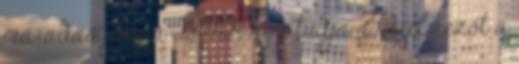
maradási jog, a BMH nem tudja a kérelmezőt a